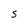
Character: S